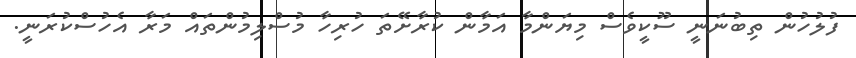
ފުލުހުން ތިބުނަނީ ސޫކީވެސް މިޔަންމާ އަމާން ކުރާށޭތަ ހުރިހާ މުސްލިމުންތައް މަރާ އެހުސްކުރަނީ.